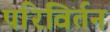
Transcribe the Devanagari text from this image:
परिविर्तन